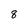
Character: 8